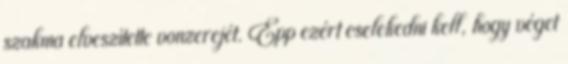
szakma elveszítette vonzerejét. Épp ezért cselekedni kell, hogy véget